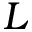
L